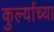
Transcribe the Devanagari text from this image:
कुर्ल्याच्या